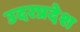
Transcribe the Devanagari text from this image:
उदरप्रदेश